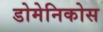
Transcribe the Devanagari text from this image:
डोमेनिकोस